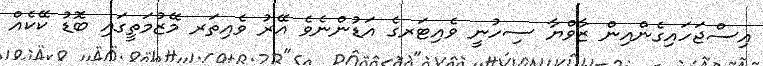
އިސްޖަހައިގެންއިން ޒާވްޔާ ސިހުނީ ވެއިޓަރގެ އަޑުންނެވެ އޭރު ވެއިތަރ މޭޒުމަތީގައި ބޮޑު ކޭކެއް